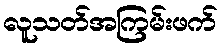
လူသတ်အကြမ်းဖက်